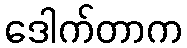
ဒေါက်တာက